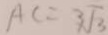
A C = 3 \sqrt { 3 }